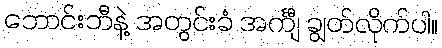
ဘောင်းဘီနဲ့ အတွင်းခံ အင်္ကျီ ချွတ်လိုက်ပါ။